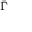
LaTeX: \scriptstyle { \bar { \Gamma } }